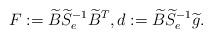
LaTeX: \begin{align*} F:= \widetilde{B} \widetilde{S}_e^{-1}\widetilde{B}^T, d:= \widetilde{B}\widetilde{S}_e^{-1} \widetilde{g}.\end{align*}